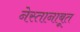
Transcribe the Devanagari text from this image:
नेस्तानाबूत